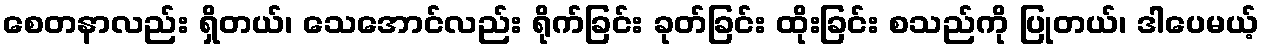
စေတနာလည်း ရှိတယ်၊ သေအောင်လည်း ရိုက်ခြင်း ခုတ်ခြင်း ထိုးခြင်း စသည်ကို ပြုတယ်၊ ဒါပေမယ့်